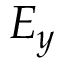
E _ { y }